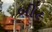
બી૯